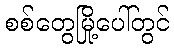
စစ်တွေမြို့ပေါ်တွင်